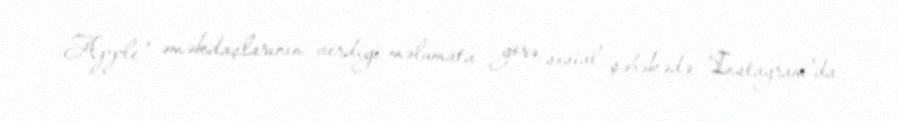
Apple" əməkdaşlarının verdiyi məlumata görə, sosial şəbəkədə "Instagram"da